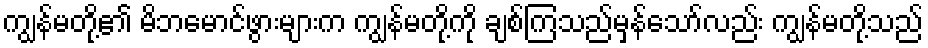
ကျွန်မတို့၏ မိဘမောင်ဖွားများက ကျွန်မတို့ကို ချစ်ကြသည်မှန်သော်လည်း ကျွန်မတို့သည်